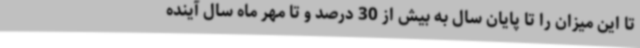
تا این میزان را تا پایان سال به بیش از 30 درصد و تا مهر ماه سال آینده